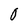
Character: 0